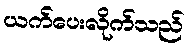
ယက်ပေးလိုက်သည်